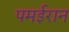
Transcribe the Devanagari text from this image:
पमईरान